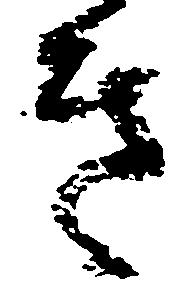
き